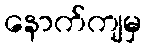
နောက်ကျမှ